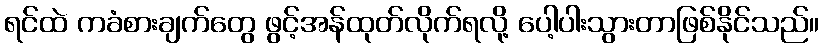
ရင်ထဲ ကခံစားချက်တွေ ဖွင့်အန်ထုတ်လိုက်ရလို့ ပေါ့ပါးသွားတာဖြစ်နိုင်သည်။